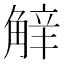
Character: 𧣿